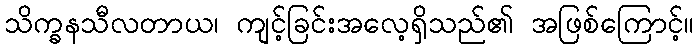
သိက္ခနသီလတာယ၊ ကျင့်ခြင်းအလေ့ရှိသည်၏ အဖြစ်ကြောင့်။